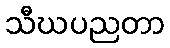
သီဃပညတာ